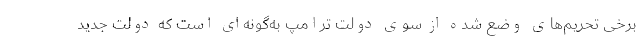
برخی تحریم‌های وضع شده از سوی دولت ترامپ به‌گونه‌ای است که دولت جدید